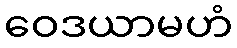
ဝေဒယာမဟံ